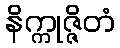
နိက္ကုဇ္ဇိတံ